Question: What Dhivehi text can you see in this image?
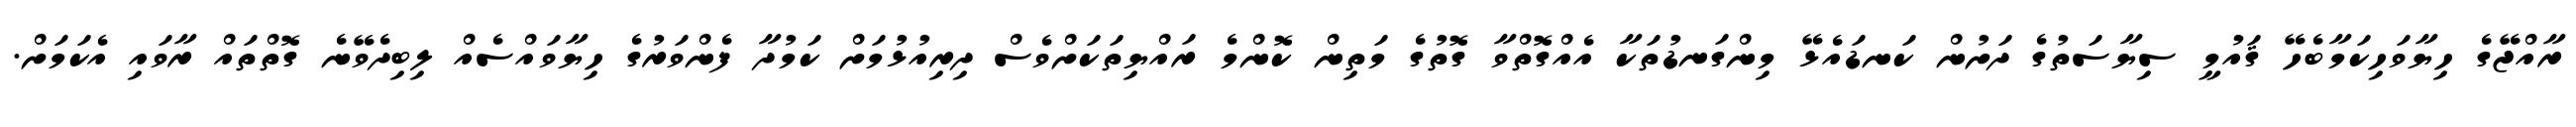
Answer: ރާއްޖޭގެ ހިޔާވަހިކަމާބެހޭ ޤައުމީ ސިޔާސަތުގެ ދަށުން ކަނޑައެޅޭ މިންގަނޑުތަކާ އެއްގޮތްވާ ގޮތުގެ މަތިން ކޮންމެ ރައްޔިތަކަށްވެސް ދިރިއުޅުމަށް ކަމުދާ ފެންވަރުގެ ހިޔާވައްސެއް ލިބިދެވޭނެ ގޮތްތައް ރާވައި އެކަމަށް.